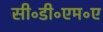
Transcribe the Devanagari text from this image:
सी॰डी॰एम॰ए